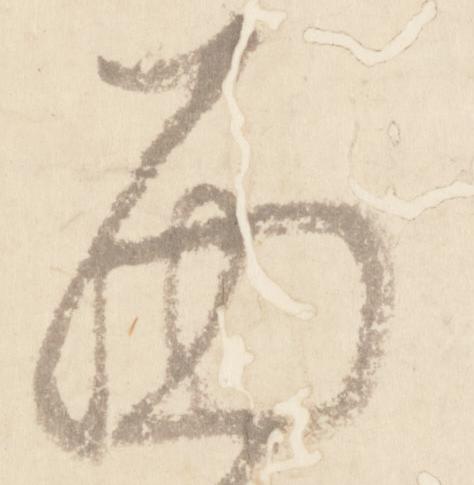
面